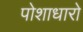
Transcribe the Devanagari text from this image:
पोशाधारो